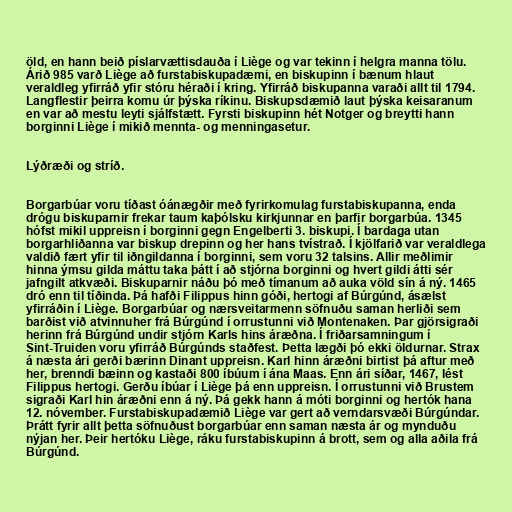
öld, en hann beið píslarvættisdauða í Liège og var tekinn í helgra manna tölu.
Árið 985 varð Liège að furstabiskupadæmi, en biskupinn í bænum hlaut
veraldleg yfirráð yfir stóru héraði í kring. Yfirráð biskupanna varaði allt til 1794.
Langflestir þeirra komu úr þýska ríkinu. Biskupsdæmið laut þýska keisaranum
en var að mestu leyti sjálfstætt. Fyrsti biskupinn hét Notger og breytti hann
borginni Liège í mikið mennta- og menningasetur.

Lýðræði og stríð.

Borgarbúar voru tíðast óánægðir með fyrirkomulag furstabiskupanna, enda
drógu biskuparnir frekar taum kaþólsku kirkjunnar en þarfir borgarbúa. 1345
hófst mikil uppreisn í borginni gegn Engelberti 3. biskupi. Í bardaga utan
borgarhliðanna var biskup drepinn og her hans tvístrað. Í kjölfarið var veraldlega
valdið fært yfir til iðngildanna í borginni, sem voru 32 talsins. Allir meðlimir
hinna ýmsu gilda máttu taka þátt í að stjórna borginni og hvert gildi átti sér
jafngilt atkvæði. Biskuparnir náðu þó með tímanum að auka völd sín á ný. 1465
dró enn til tíðinda. Þá hafði Filippus hinn góði, hertogi af Búrgúnd, ásælst
yfirráðin í Liège. Borgarbúar og nærsveitarmenn söfnuðu saman herliði sem
barðist við atvinnuher frá Búrgúnd í orrustunni við Montenaken. Þar gjörsigraði
herinn frá Búrgúnd undir stjórn Karls hins áræðna. Í friðarsamningum í
Sint-Truiden voru yfirráð Búrgúnds staðfest. Þetta lægði þó ekki öldurnar. Strax
á næsta ári gerði bærinn Dinant uppreisn. Karl hinn áræðni birtist þá aftur með
her, brenndi bæinn og kastaði 800 íbúum í ána Maas. Enn ári síðar, 1467, lést
Filippus hertogi. Gerðu íbúar í Liège þá enn uppreisn. Í orrustunni við Brustem
sigraði Karl hin áræðni enn á ný. Þá gekk hann á móti borginni og hertók hana
12. nóvember. Furstabiskupadæmið Liège var gert að verndarsvæði Búrgúndar.
Þrátt fyrir allt þetta söfnuðust borgarbúar enn saman næsta ár og mynduðu
nýjan her. Þeir hertóku Liège, ráku furstabiskupinn á brott, sem og alla aðila frá
Búrgúnd.